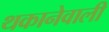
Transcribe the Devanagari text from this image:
थकानेवाली